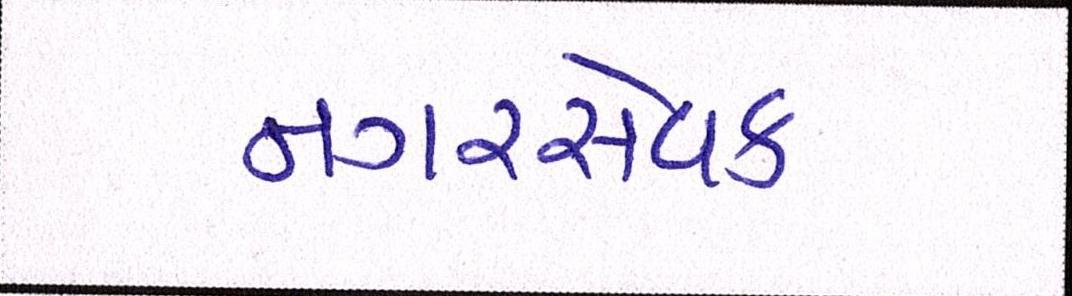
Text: નગરસેવક